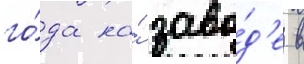
го́да на́ заво́д'е в